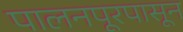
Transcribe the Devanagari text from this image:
पालनपूरपासून